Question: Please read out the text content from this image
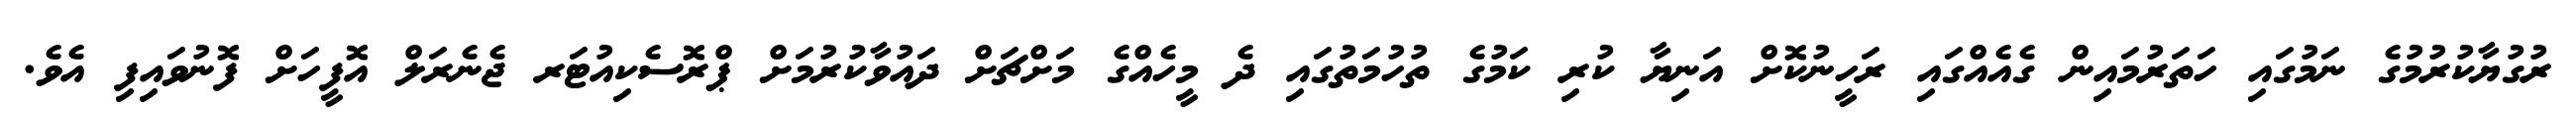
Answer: ރުގުޔާކުރުމުގެ ނަމުގައި ހަތަރުމައިން ގެއެއްގައި ރަހީނުކޮށް އަނިޔާ ކުރި ކަމުގެ ތުހުމަތުގައި ދެ މީހެއްގެ މަށްޗަށް ދައުވާކުރުމަށް ޕްރޮސެކިއުޓަރ ޖެނެރަލް އޮފީހަށް ފޮނުވައިފި އެވެ.